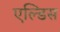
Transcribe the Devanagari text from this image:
एल्डिस